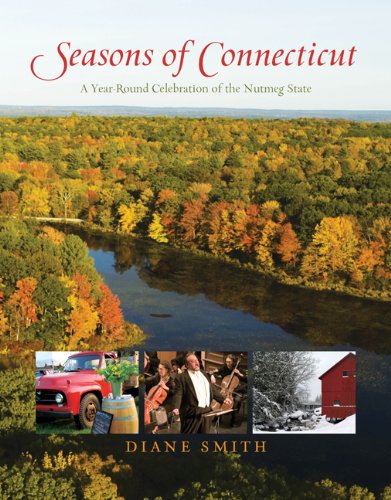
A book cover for Seasons of Connecticut: A Year-Round Celebration of the Nutmeg State (Positively Connecticut); Diane Smith; Travel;